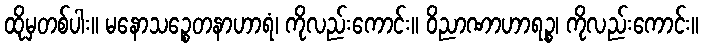
ထိုမှတစ်ပါး။ မနောသဉ္စေတနာဟာရံ၊ ကိုလည်းကောင်း။ ဝိညာဏာဟာရဉ္စ၊ ကိုလည်းကောင်း။